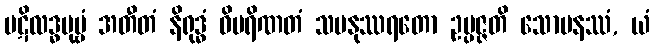
ပဋိလဒ္ဓပုဗ္ဗံ အတီတံ နိရုဒ္ဓံ ဝိပရိဏတံ သမနုဿရတော ဥပ္ပဇ္ဇတိ သောမနဿံ, ယံ